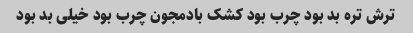
ترش تره بد بود چرب بود کشک بادمجون چرب بود خیلی بد بود